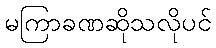
မကြာခဏဆိုသလိုပင်